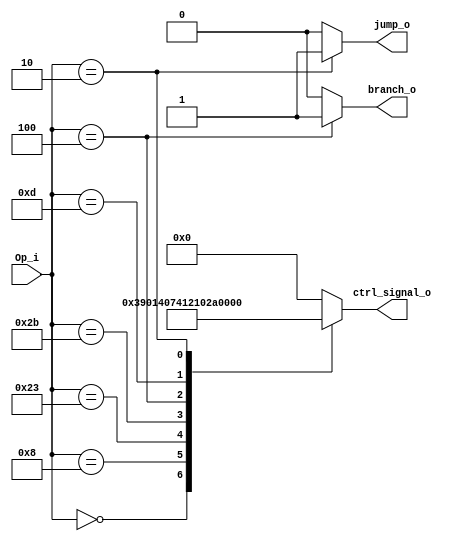
module Control(
    Op_i,
    ctrl_signal_o,
    branch_o,
    jump_o
);

input	[5:0]		Op_i;
output	reg			branch_o, jump_o;
output	[9:0]		ctrl_signal_o;
reg		[9:0]		ctrl_signal_o;

always @(*) begin
	branch_o = 1'd0;
	jump_o = 1'd0;
	case(Op_i)
		6'h00: // R-type
			ctrl_signal_o <= {2'b11, 1'b1, 1'b0, 1'b0, 1'b1, 1'b0, 1'b0, 1'b0, 1'b0};
		6'h08: // addi
			ctrl_signal_o <= {2'b00, 1'b0, 1'b1, 1'b0, 1'b1, 1'b0, 1'b0, 1'b0, 1'b0};
		6'h23: // lw
			ctrl_signal_o <= {2'b00, 1'b0, 1'b1, 1'b1, 1'b1, 1'b0, 1'b1, 1'b0, 1'b0};
		6'h2B: // sw
			ctrl_signal_o <= {2'b00, 1'b0, 1'b1, 1'b0, 1'b0, 1'b1, 1'b0, 1'b0, 1'b0};
		6'h04: // beq
			begin
			ctrl_signal_o <= {2'b01, 1'b0, 1'b0, 1'b0, 1'b0, 1'b0, 1'b0, 1'b1, 1'b0};
			branch_o = 1'd1;
			end
		6'h0D:  //ori
			ctrl_signal_o <= {2'b10, 1'b0, 1'b1, 1'b0, 1'b1, 1'b0, 1'b0, 1'b0, 1'b0};
		6'h02: // jump
			begin
			ctrl_signal_o <= {2'b00, 1'b0, 1'b0, 1'b0, 1'b0, 1'b0, 1'b0, 1'b0, 1'b1};
			jump_o = 1'd1;
			end
		default:
		 	ctrl_signal_o <= 10'd0;
	endcase
end


/*
Instruction	Opcode			ALUOp		RegDst	ALUSrc	MemtoReg	RegWrite	MemWrite	MemRead	Branch	Jump
R-type		000000(0x00)	11(Rtype)	1		0		0			1			0			0		0		0
[I-type]
addi		001000(0x08)	00(add)		0		1		0			1			0			0		0		0	
lw			100011(0x23)	00(add)		0		1		1			1			0			1		0		0
sw			101011(0x2B)	00(add)		x		1		x			0			1			0		0		0
beq			000100(0x04)	01(sub)		x		0		x			0			0			0		1		0
ori			001101(0x0D)	10(or)		0		1		0			1			0			0		0		0
jump		000010(0x02)	X			x		x		x			0			0			0		0		1
*/

endmodule